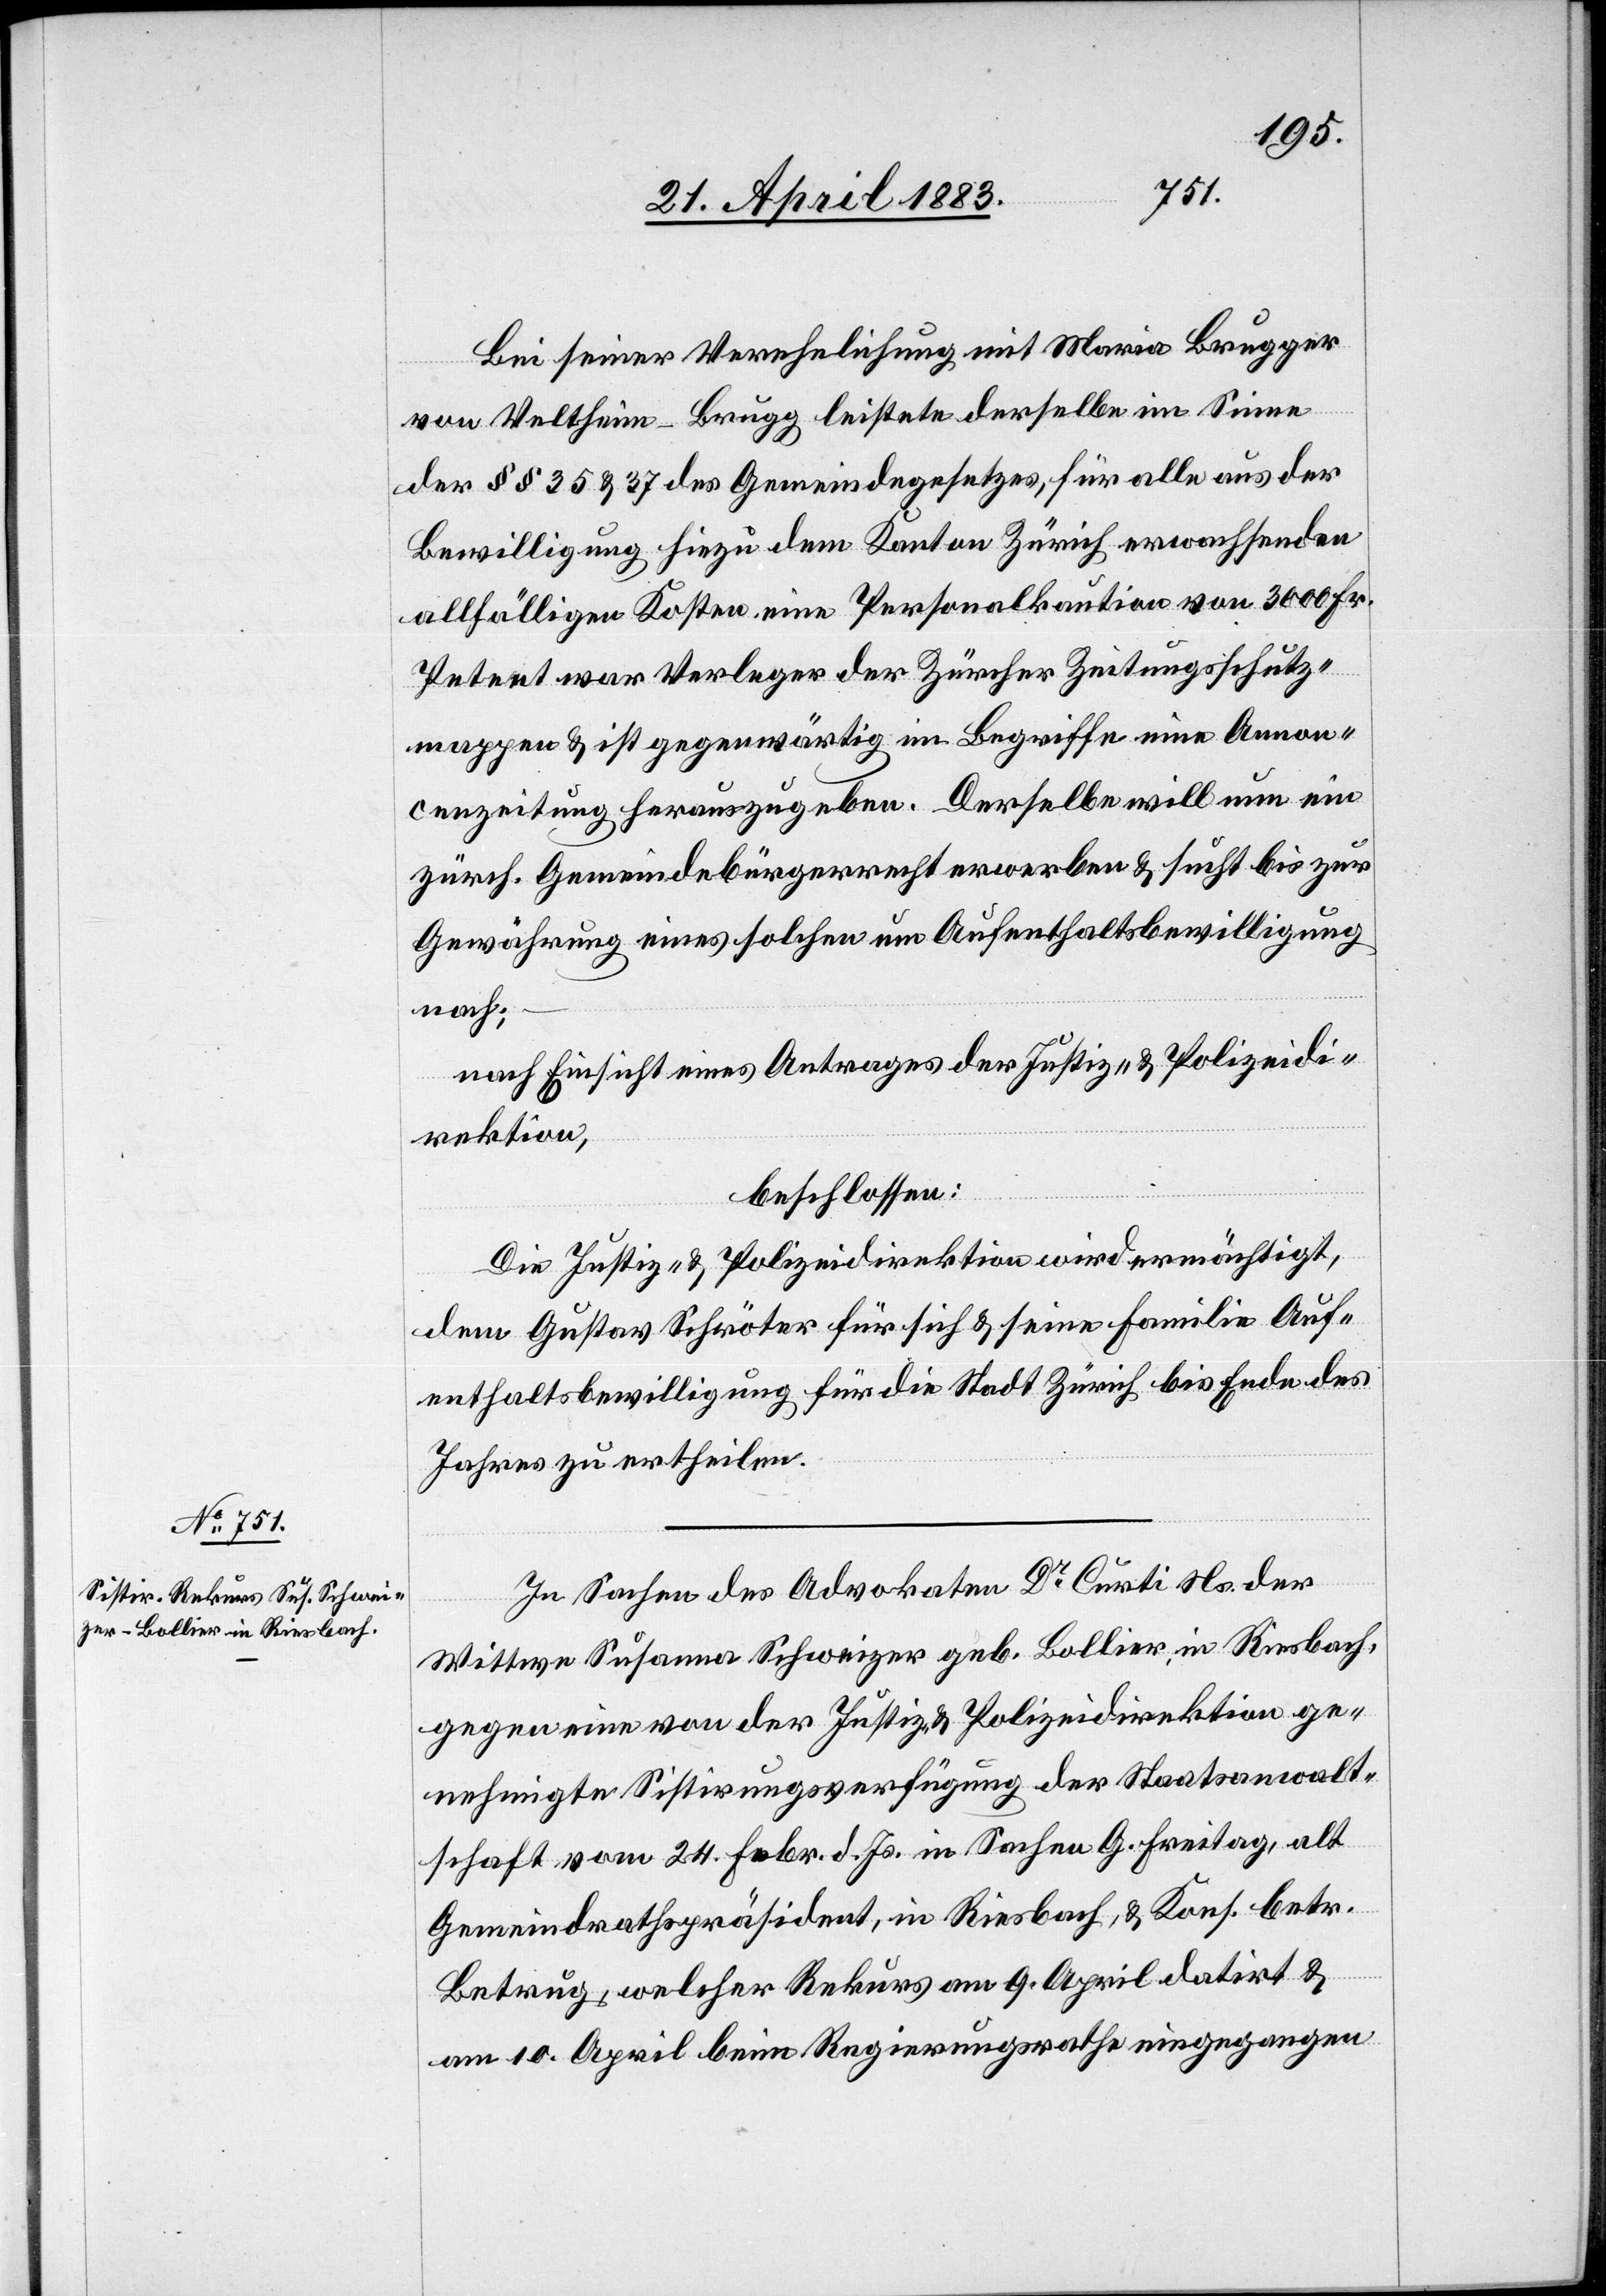
Bei seiner Verehelichung mit Maria Brugger
von Veltheim - Brugg leistete derselbe im Sinne
der §§ 35 & 37 des Gemeindegesetzes, für alle aus der
Bewilligung hiezu dem Kanton Zürich erwachsenden
allfälligen Kosten eine Personalkaution von 3000 Fr.
Petent war Verleger der Zürcher Zeitungsschutz¬
mappen & ist gegenwärtig im Begriffe eine Annon¬
cenzeitung herauszugeben. Derselbe will nun ein
zürch. Gemeindebürgerrecht erwerben & sucht bis zur
Gewährung eines solchen um Aufenthaltsbewilligung
nach;
nach Einsicht eines Antrages der Justiz- & Polizeidi¬
rektion,
beschlossen:
Die Justiz- & Polizeidirektion wird ermächtigt,
dem Gustav Schröter für sich & seine Familie Auf¬
enthaltsbewilligung für die Stadt Zürich bis Ende des
Jahres zu ertheilen.
In Sachen des Advokaten Dr Curti Ns. der
Wittwe Susanna Schweizer geb. Bollier, in Riesbach,
gegen eine von der Justiz- & Polizeidirektion ge¬
nehmigte Sistirungsverfügung der Staatsanwalt¬
schaft vom 24. Febr. d. Js. in Sachen G. Freitag, alt
Gemeindrathspräsident, in Riesbach, & Kons. betr.
Betrug, welcher Rekurs am 9. April datirt &
am 10. April beim Regierungsrathe eingegangen